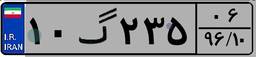
۱۰گ۲۳۵۰۶